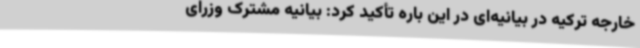
خارجه ترکیه در بیانیه‌ای در این باره تأکید کرد: بیانیه مشترک وزرای